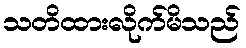
သတိထားလိုက်မိသည်